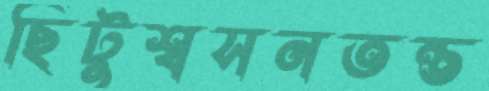
ছিটুশ্বসনতন্ত